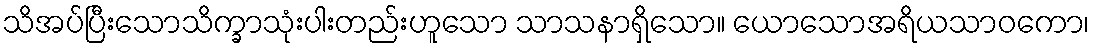
သိအပ်ပြီးသောသိက္ခာသုံးပါးတည်းဟူသော သာသနာရှိသော။ ယောသောအရိယသာဝကော၊